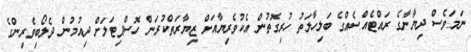
ނަމަވެސް ދިޔާނާގެ ރައްޓެއްސެއްގެ ބަލިހާލަތު ހުރިގޮތުން އެކުވެރިޔާއަށް ޒިޔާރަތްކުރަން ހޮސްޕިޓަލަށް ދިއުމުން ދެލޯބިވެރިންގެ